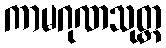
ကာမဂုဏသုတ္တ